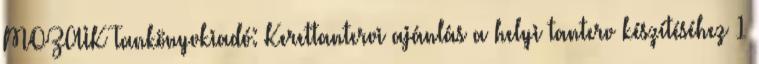
MOZAIK Tankönyvkiadó: Kerettantervi ajánlás a helyi tanterv készítéséhez 1